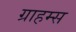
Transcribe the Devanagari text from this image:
ग्राहम्स